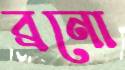
ব্রনো